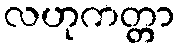
လဟုကတ္တာ